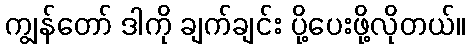
ကျွန်တော် ဒါကို ချက်ချင်း ပို့ပေးဖို့လိုတယ်။